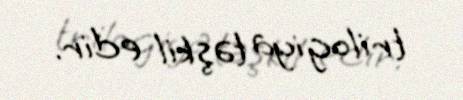
trilogiya təşkil edir.